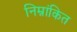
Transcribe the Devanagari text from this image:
निम्नांकित